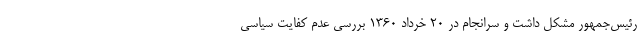
رئیس‌جمهور مشکل داشت و سرانجام در ۲۰ خرداد ۱۳۶۰ بررسی عدم کفایت سیاسی